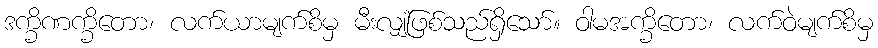
ဒက္ခိဏက္ခိတော၊ လက်ယာမျက်စိမှ မီးလျှံဖြစ်သည်ရှိသော်။ ဝါမအက္ခိတော၊ လက်ဝဲမျက်စိမှ